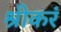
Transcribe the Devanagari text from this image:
श्रीकरं